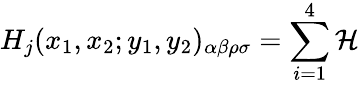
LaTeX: H_{j}(x_{1},x_{2};y_{1},y_{2})_{\alpha\beta\rho\sigma}=\sum_{i=1}^{4}{\cal H}